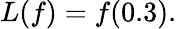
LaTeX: L(f)=f(0.3){\mathrm{.}}